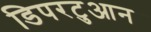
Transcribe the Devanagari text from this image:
डिपरटुआन